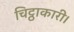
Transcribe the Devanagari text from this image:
चिट्ठाकारी।